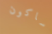
ساكون